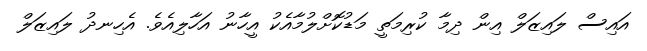
އައިސް ލައިޒަލް އިން ދިމާ ކުރިމަތީ މަޑުކޮށްލުމާއެކު އީހާނު އަހާލިއެވެ. އެހިނދު ލައިޒަލް